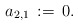
\begin{align*}a_{2,1}\,:=\,0.\end{align*}